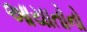
આયાતોનો